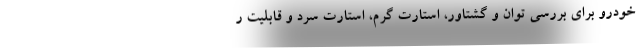
خودرو برای بررسی توان و گشتاور، استارت گرم، استارت سرد و قابلیت ر